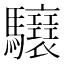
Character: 𩧝